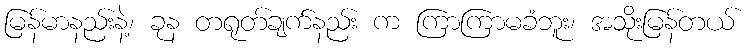
မြန်မာနည်းနဲ့၊ ခုန တရုတ်ချက်နည်း က ကြာကြာမခံဘူး၊ အသိုးမြန်တယ်